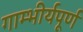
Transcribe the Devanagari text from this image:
गाम्भीर्यपूर्ण